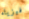
فيزياء